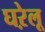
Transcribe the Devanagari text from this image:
घऱेलू